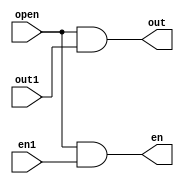
`timescale 1ns / 1ps

module select_disp(open,en1,out1,en,out);

input [7:0] open;
input [7:0] en1,out1;
output [7:0] en,out;

assign en = (open)&(en1);
assign out = (open)&(out1);

endmodule